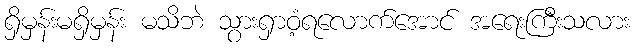
ရှိမှန်းမရှိမှန်း မသိဘဲ သွားရှာဝံ့ရလောက်အောင် အရေးကြီးသလား